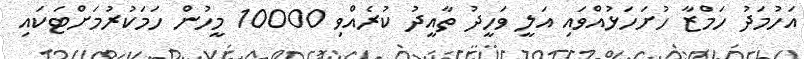
އަހުމަދު ހަމްޒާ ހުށަހަޅުއްވައި އަލީ ވަހީދު ތާއީދު ކުރެއްވި 10000 މީހުން ހަމަކުރުމަށްޓަކައި